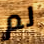
لم